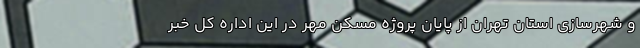
و شهرسازی استان تهران از پایان پروژه مسکن مهر در این اداره کل خبر